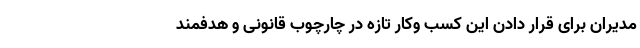
مدیران برای قرار دادن این کسب وکار تازه در چارچوب قانونی و هدفمند